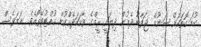
ކުޑަ ގޮތަކަށް ޝަނުމް ޖަވާބު ދެމުން ދިޔައީ ރީމްގެ ވާހަކަދެއްކުން ހުއްޓުވޭތޯއެވެ. ނަމަވެސް